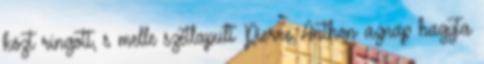
közt ringott, s melle szétlapult Pierre Anthon aznap hagyta